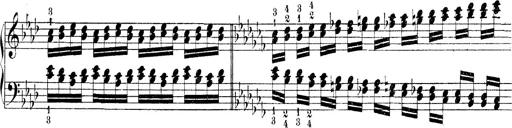
Title: Technische Studien
Composer: Franz Liszt